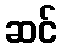
ဆင်